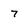
Character: 7